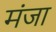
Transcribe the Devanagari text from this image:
मंजा